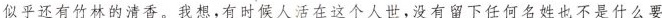
似乎还有竹林的清香。我想。有时候人活在这个人世，没有留下任何名姓也不是什么要